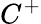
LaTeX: C^{+}